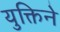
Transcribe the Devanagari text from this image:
युक्तिने